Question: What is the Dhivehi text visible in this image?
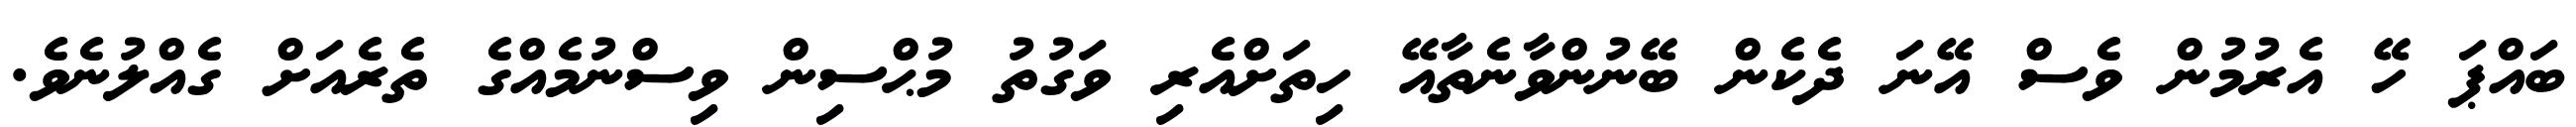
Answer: ބައްޕަ ހޭ އެރުމުން ވެސް އޭނަ ދެކެން ބޭނުންވާނެތާއޭ ހިތަށްއެރި ވަގުތު މުޙްސިން ވިސްނުމެއްގެ ތެރެއަށް ގެއްލުނެވެ.